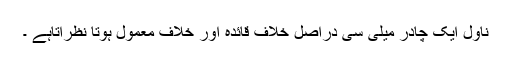
ناول ایک چادر میلی سی دراصل خلافِ قائدہ اور خلاف معمول ہوتا نظرآتاہے ۔